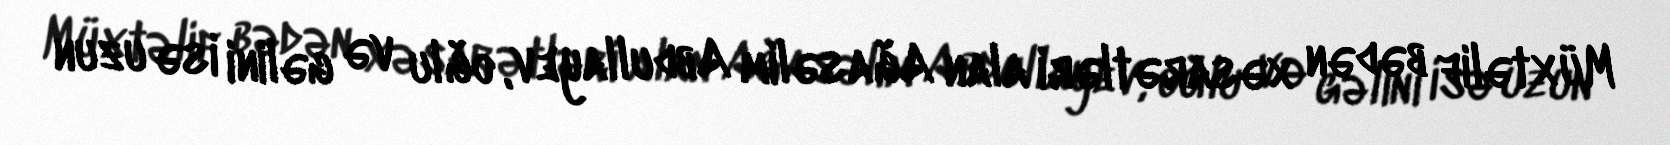
Müxtəlif bədən xəsarətləri alan Ağasəlim Abdullayev, oğlu və gəlini isə uzun